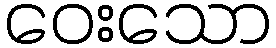
ဝေးသော